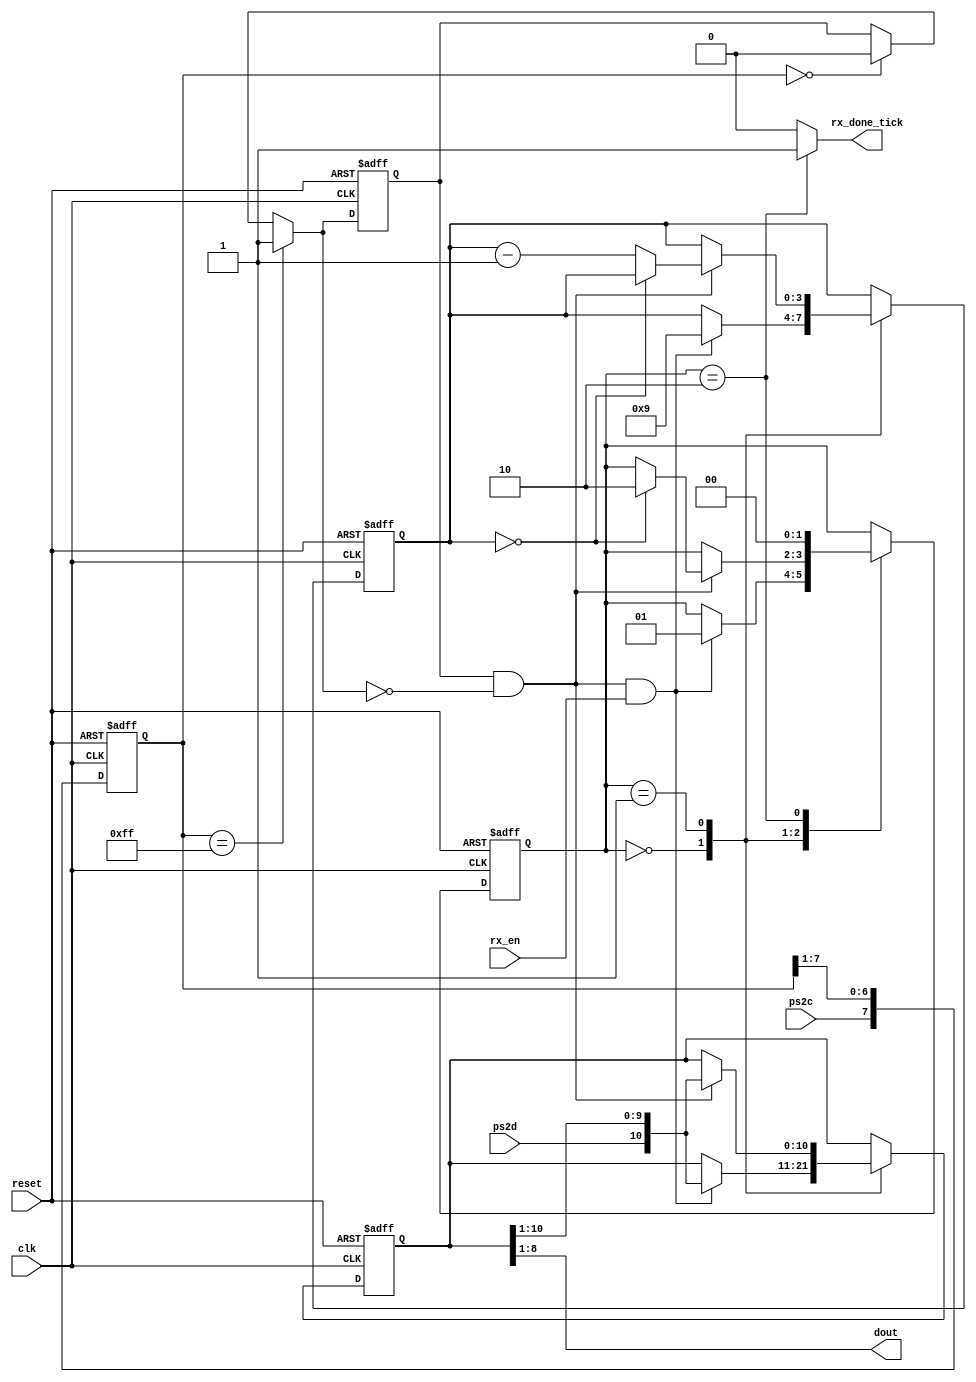
//Listing 9.1
// Mdulo utilizado para recopilar los pulsos de datos recibidos del teclado y as ensamblar el dato
`timescale 1ns / 1ps

module ps2_rx
   (
    input wire clk, reset,
    input wire ps2d, ps2c, rx_en,
    output reg rx_done_tick, // seal que indica cuando el paquete est completo
    output wire [7:0] dout // dato de la tecla o F0
   );

   // symbolic state declaration
   localparam [1:0]
      idle = 2'b00,
      dps  = 2'b01,
      load = 2'b10;

   // signal declaration
   reg [1:0] state_reg, state_next;
   reg [7:0] filter_reg;
   wire [7:0] filter_next;
   reg f_ps2c_reg;
   wire f_ps2c_next;
   reg [3:0] n_reg, n_next;
   reg [10:0] b_reg, b_next;
   wire fall_edge;

   // body
   //=================================================
   // filter and falling-edge tick generation for ps2c
	// Detector de flancos negativos (momento en que el dato 
	// es capturado)
   //=================================================
   always @(posedge clk, posedge reset)
   if (reset)
      begin
         filter_reg <= 0;
         f_ps2c_reg <= 0;
      end
   else
      begin
         filter_reg <= filter_next;
         f_ps2c_reg <= f_ps2c_next;
      end

   assign filter_next = {ps2c, filter_reg[7:1]};
   assign f_ps2c_next = (filter_reg==8'b11111111) ? 1'b1 : //Si todos los bits del 
                        (filter_reg==8'b00000000) ? 1'b0 :
                         f_ps2c_reg;
   assign fall_edge = f_ps2c_reg & ~f_ps2c_next;

   //=================================================
   // FSMD
   //=================================================
   // FSMD state & data registers
   always @(posedge clk, posedge reset)
      if (reset)
         begin
            state_reg <= idle;
            n_reg <= 0;
            b_reg <= 0;
         end
      else
         begin
            state_reg <= state_next;
            n_reg <= n_next;
            b_reg <= b_next;
         end
   // FSMD next-state logic
   always @*
   begin
      state_next = state_reg;
      rx_done_tick = 1'b0;
      n_next = n_reg;
      b_next = b_reg;
      case (state_reg)
         idle:
            if (fall_edge & rx_en) // Realiza el corrimiento para ensamblar el dato
               begin
                  // shift in start bit
                  b_next = {ps2d, b_reg[10:1]};
                  n_next = 4'b1001;
                  state_next = dps;
               end
         dps: // 8 data + 1 parity + 1 stop
            if (fall_edge)
               begin
                  b_next = {ps2d, b_reg[10:1]};
                  if (n_reg==0)
                     state_next = load;
                  else
                     n_next = n_reg - 1'b1;
               end
         load: // 1 extra clock to complete the last shift
            begin
               state_next = idle;
               rx_done_tick = 1'b1;
            end
      endcase
   end
   // output
   assign dout = b_reg[8:1]; // bus de 8 bits con el cdigo de la tecla

endmodule